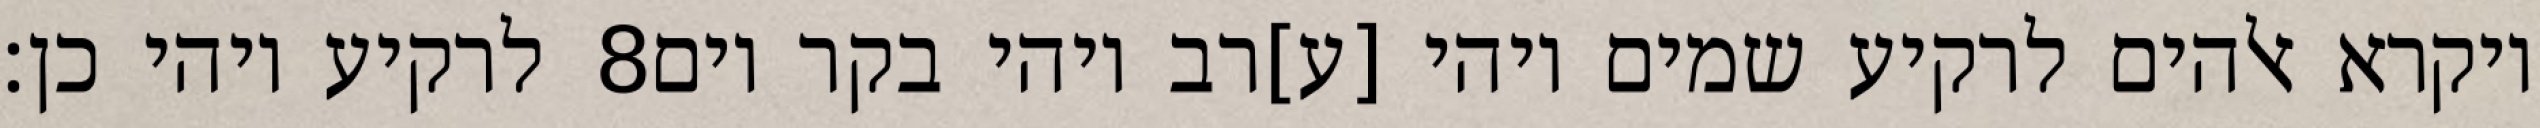
לרקיע ויהי כן׃ ‎8‏ ויקרא אלהים לרקיע שמים ויהי [ע]רב ויהי בקר יום